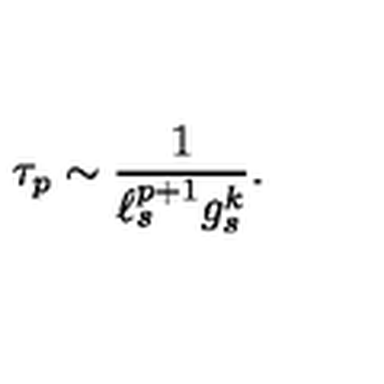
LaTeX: \tau _ { p } \sim { \frac { 1 } { \ell _ { s } ^ { p + 1 } g _ { s } ^ { k } } } .